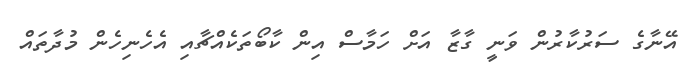
އޭނާގެ ސަރުކާރުން ވަނީ ގާޒާ އަށް ހަމާސް އިން ކާބޯތަކެއްޗާއި އެހެނިހެން މުދާތައް